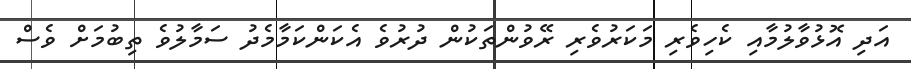
އަދި އޮޅުވާލުމާއި ކެހިވެރި މަކަރުވެރި ރޭވުންތަކުން ދުރުވެ އެކަންކަމާމެދު ސަމާލުވެ ތިބުމަށް ވެސް